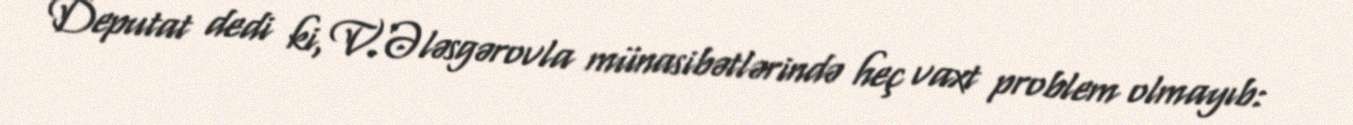
Deputat dedi ki, V.Ələsgərovla münasibətlərində heç vaxt problem olmayıb: